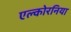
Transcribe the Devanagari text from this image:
एल्कोरनिया